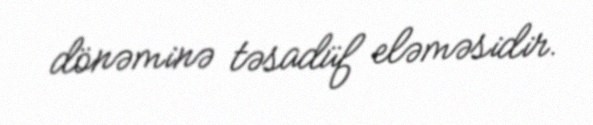
dönəminə təsadüf eləməsidir.